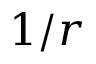
1 / r